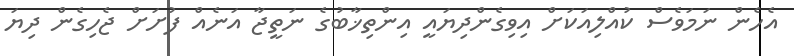
އެހެން ނަމަވެސް ކުއްލިއަކަށް އިވިގެންދިޔައީ އިންތިޚާބުގެ ނަތީޖާ އަނެއް ފުށަށް ޖެހިގެން ދިޔަ